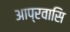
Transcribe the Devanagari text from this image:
आप्रवासि